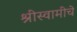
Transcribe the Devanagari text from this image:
श्रीस्वामीचे